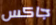
جاكس